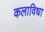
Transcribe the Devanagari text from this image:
कलाविधा